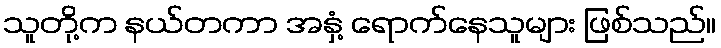
သူတို့က နယ်တကာ အနှံ့ ရောက်နေသူများ ဖြစ်သည်။